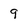
Character: 9